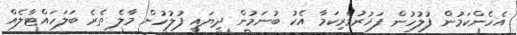
އެހެންކަމުން ފުލުހުން ފަޚުރުވެރިކަމާ އެކު ބުނަމުން ދިޔައީ ފުލުހުން މާލެ ތެރެ ބަލަހައްޓާލެއް